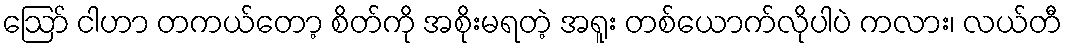
ဪ ငါဟာ တကယ်တော့ စိတ်ကို အစိုးမရတဲ့ အရူး တစ်ယောက်လိုပါပဲ ကလား၊ လယ်တီ